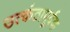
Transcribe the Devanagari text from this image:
उत्कंठापूर्वक